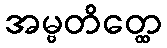
အမ္ဗတိတ္ထေ